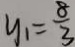
y _ { 1 } = \frac { 8 } { 3 }